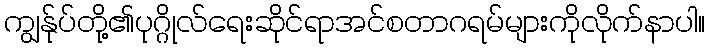
ကျွန်ုပ်တို့၏ပုဂ္ဂိုလ်ရေးဆိုင်ရာအင်စတာဂရမ်များကိုလိုက်နာပါ။